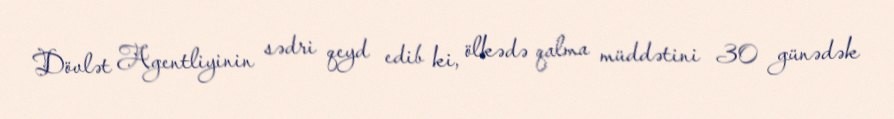
Dövlət Agentliyinin sədri qeyd edib ki, ölkədə qalma müddətini 30 günədək